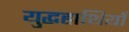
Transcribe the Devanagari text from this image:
युद्धहाथियाँ